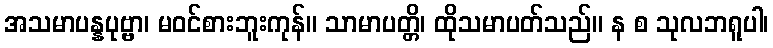
အသမာပန္နပုဗ္ဗာ၊ မဝင်စားဘူးကုန်။ သာမာပတ္တိ၊ ထိုသမာပတ်သည်။ န စ သုလဘရူပါ၊